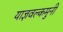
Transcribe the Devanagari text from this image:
याज्ञवल्कमुनी